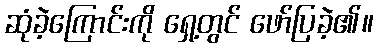
ဆုံခဲ့ကြောင်းကို ရှေ့တွင် ဖော်ပြခဲ့၏။